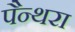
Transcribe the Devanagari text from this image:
पैन्थरा